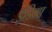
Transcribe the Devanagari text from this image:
इंडिया